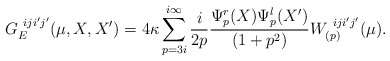
\begin{align*}G_{E}^{\ iji'j'}(\mu,X,X') =4\kappa\sum_{p=3i}^{i\infty} \frac{i}{2p}\frac{\Psi_{p}^{r}(X)\Psi_{p}^{l}(X')}{(1+p^2)}W^{\ iji'j'}_{(p)}(\mu).\end{align*}